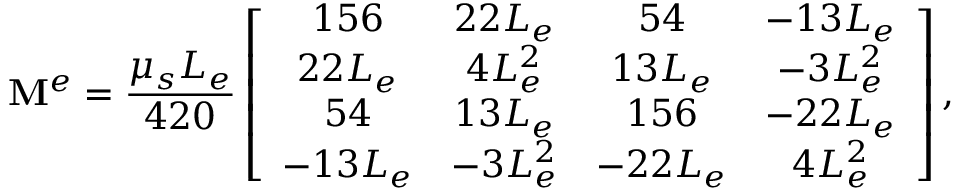
\mathbf { M } ^ { e } = \frac { \mu _ { s } L _ { e } } { 4 2 0 } \left[ \begin{array} { c c c c } { 1 5 6 } & { 2 2 L _ { e } } & { 5 4 } & { - 1 3 L _ { e } } \\ { 2 2 L _ { e } } & { 4 L _ { e } ^ { 2 } } & { 1 3 L _ { e } } & { - 3 L _ { e } ^ { 2 } } \\ { 5 4 } & { 1 3 L _ { e } } & { 1 5 6 } & { - 2 2 L _ { e } } \\ { - 1 3 L _ { e } } & { - 3 L _ { e } ^ { 2 } } & { - 2 2 L _ { e } } & { 4 L _ { e } ^ { 2 } } \end{array} \right] ,